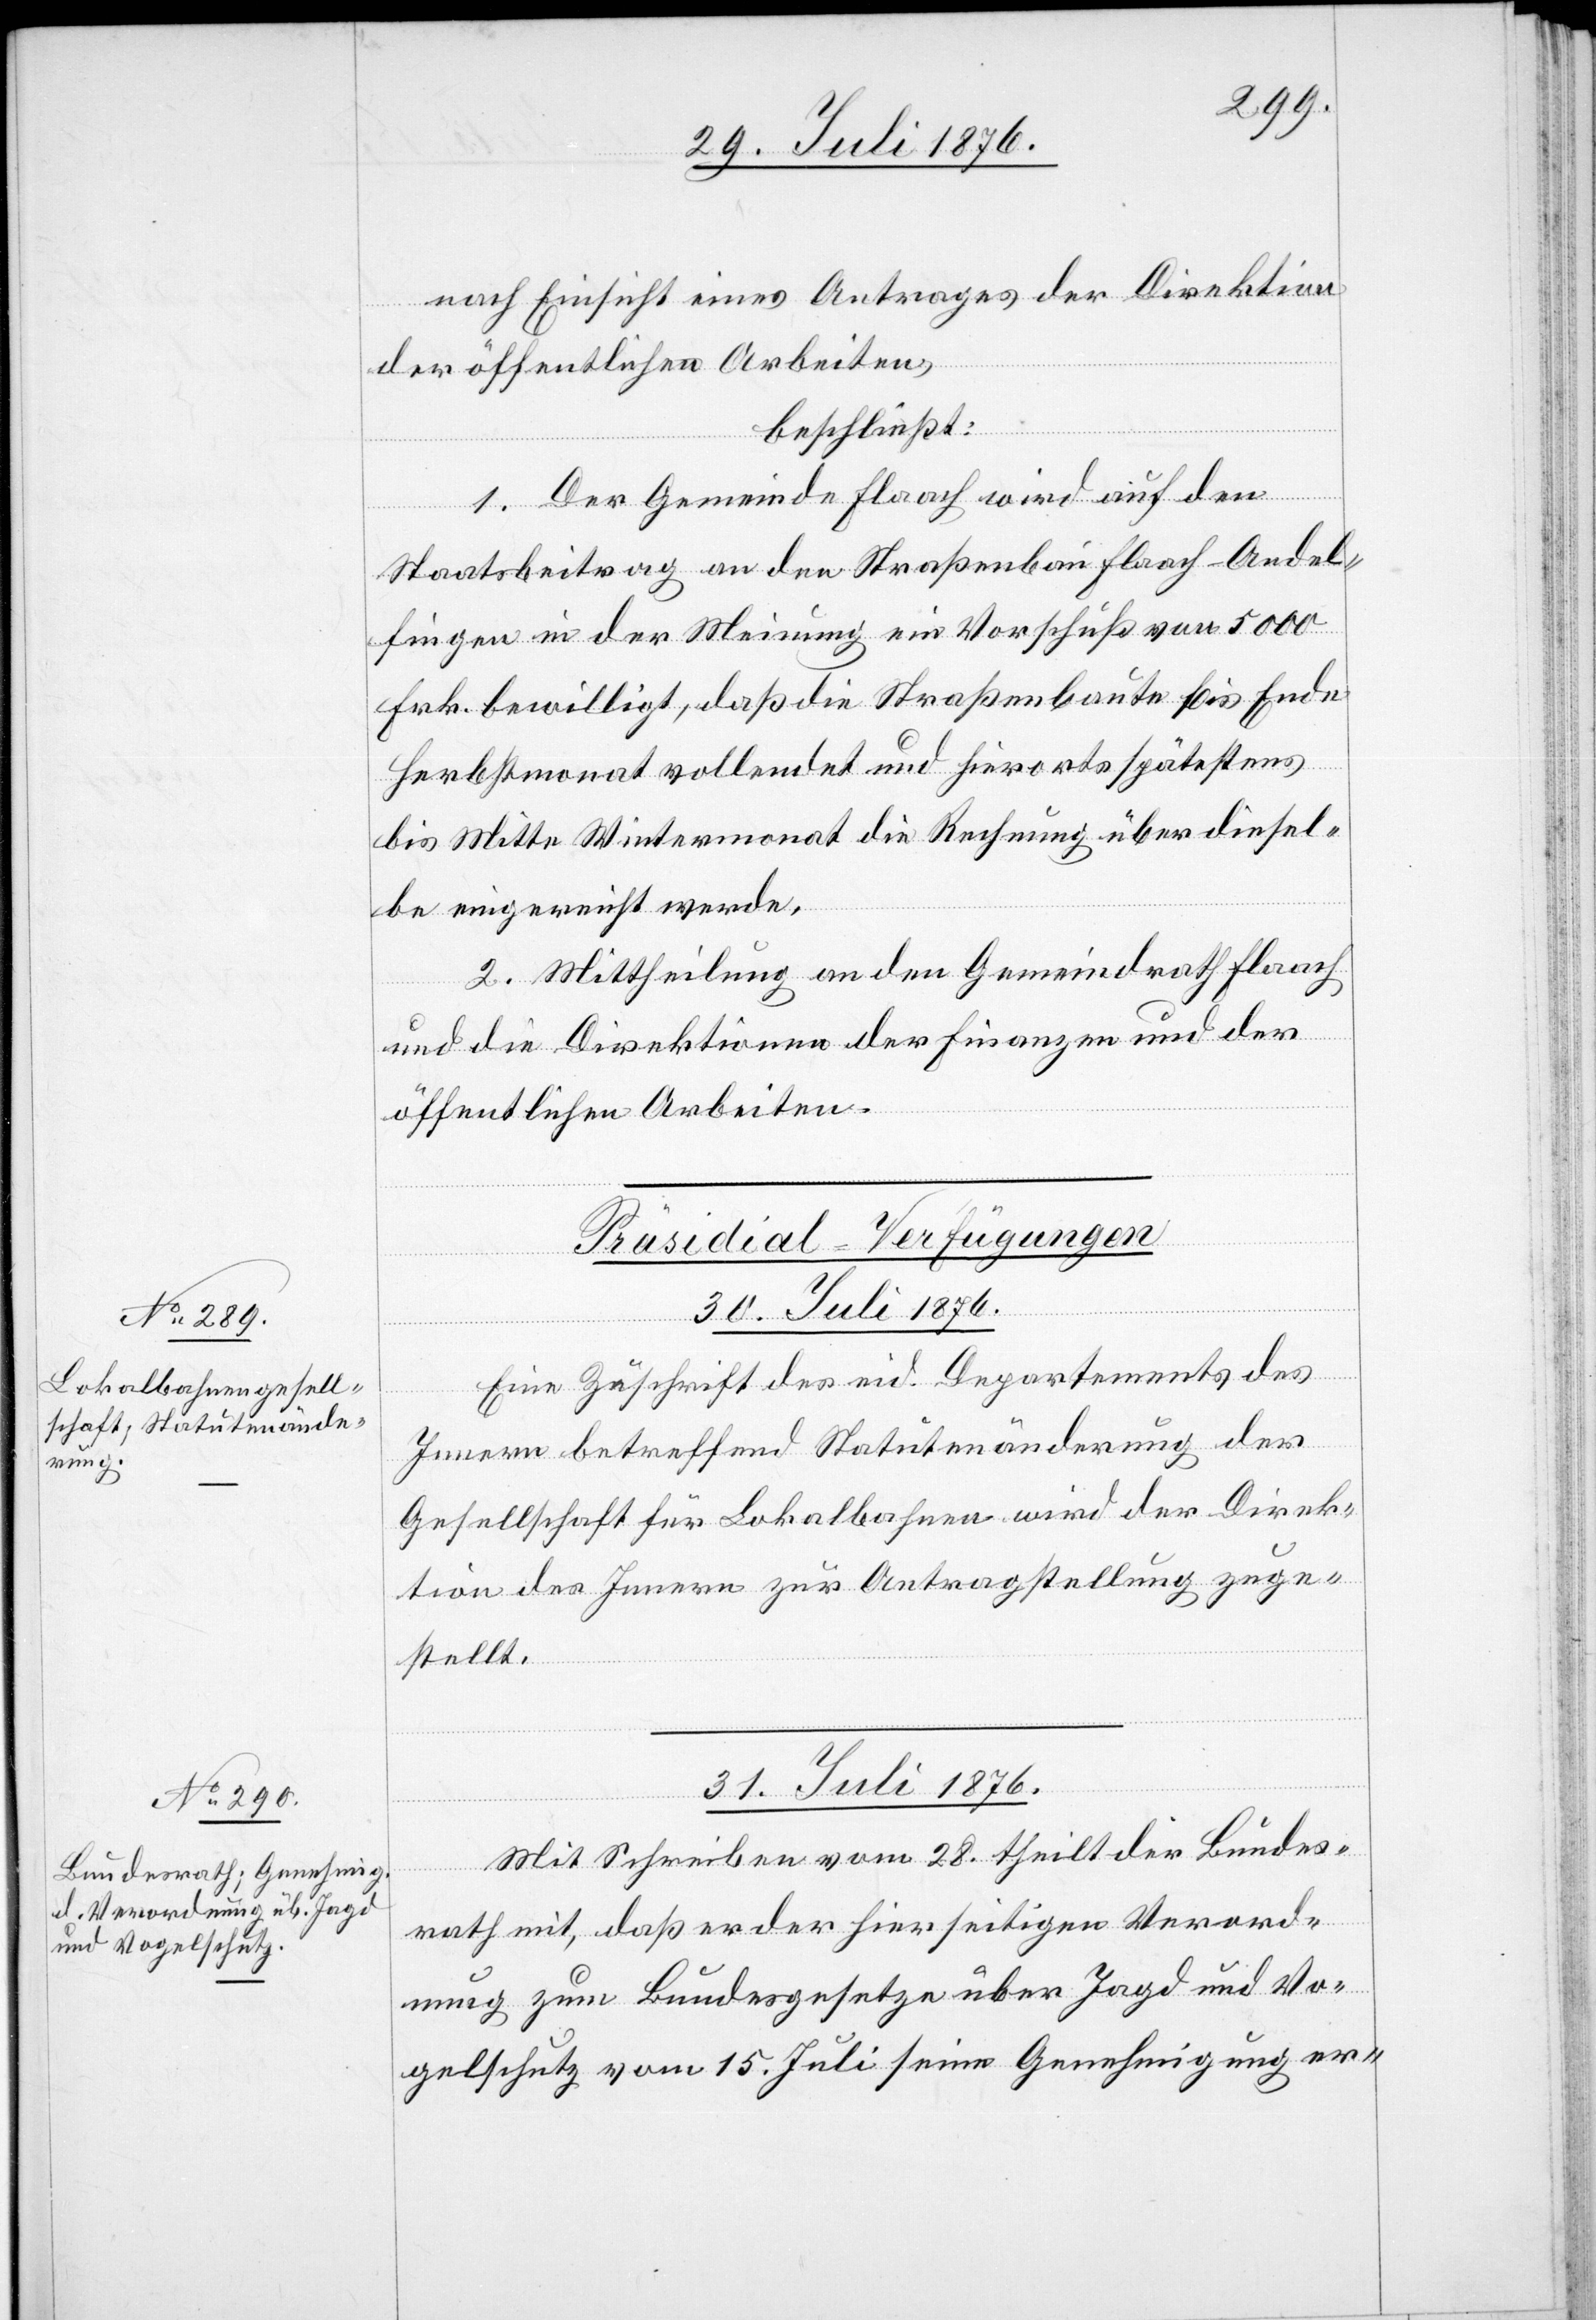
nach Einsicht eines Antrages der Direktion
der öffentlichen Arbeiten,
beschließt:
1. Der Gemeinde Flaach wird auf den
Staatsbeitrag an den Straßenbau Flaach–Andel¬
fingen in der Meinung ein Vorschuß von 5000
Frk. bewilligt, daß die Straßenbaute bis Ende
Herbstmonat vollendet und hierorts spätestens
bis Mitte Wintermonat die Rechnung über diesel¬
be eingereicht werde.
2. Mittheilung an den Gemeindrath Flaach
und die Direktionen der Finanzen und der
öffentlichen Arbeiten.
[Präsidial-Verfügungen
30. Juli 1876.
Eine Zuschrift des eid. Departements des
Innern betreffend Statutenänderung der
Gesellschaft für Lokalbahnen wird der Direk¬
tion des Innern zur Antragstellung zuge¬
stellt.
30. Juli 1876.]
Mit Schreiben vom 28. theilt der Bundes¬
rath mit, das er der hierseitigen Verord¬
nung zum Bundesgesetze über Jagd und Vo¬
gelschutz vom 15. Juli seine Genehmigung er-